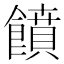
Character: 饙